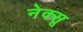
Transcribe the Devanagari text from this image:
नेक्सू